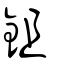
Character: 鉏